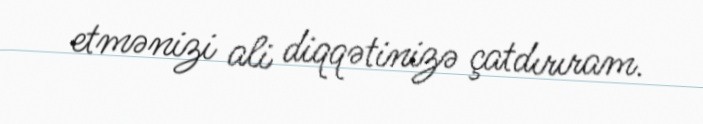
etmənizi ali diqqətinizə çatdırıram.